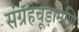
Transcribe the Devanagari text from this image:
संग्रहचूड़ामणि